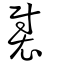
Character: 褽